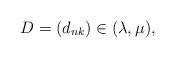
LaTeX: \begin{align*} D=\left( d_{nk} \right)\in (\lambda,\mu), \end{align*}